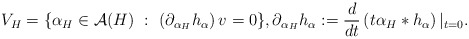
\begin{align*}V_H = \{\alpha_{H}\in\mathcal{A}(H)\ :\ \left(\partial_{\alpha_{H}}h_{\alpha}\right)v=0 \},\partial_{\alpha_{H}}h_{\alpha}:=\frac{d}{dt}\left(t\alpha_{H}*h_{\alpha}\right)|_{t=0}.\end{align*}